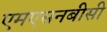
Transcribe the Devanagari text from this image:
एमएसनबीसी